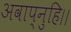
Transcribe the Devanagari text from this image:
अवाप्नुहि।।